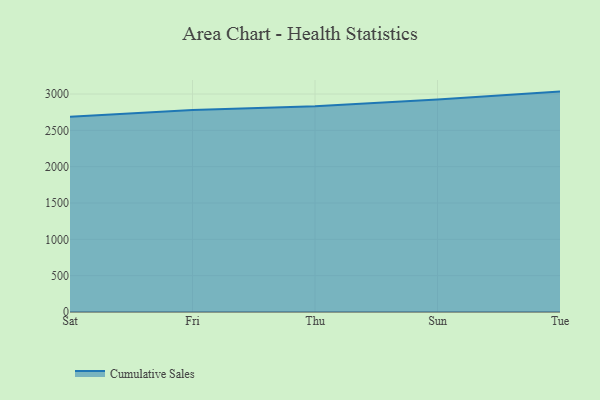
{"axis": {"x": "Day", "y": "Humidity (%)"}, "legend": ["Cumulative Sales"], "data": [{"x": "Sat", "y": 2685.5, "type": "Cumulative Sales"}, {"x": "Fri", "y": 2778.9, "type": "Cumulative Sales"}, {"x": "Thu", "y": 2830.8, "type": "Cumulative Sales"}, {"x": "Sun", "y": 2925.5, "type": "Cumulative Sales"}, {"x": "Tue", "y": 3033.3, "type": "Cumulative Sales"}]}